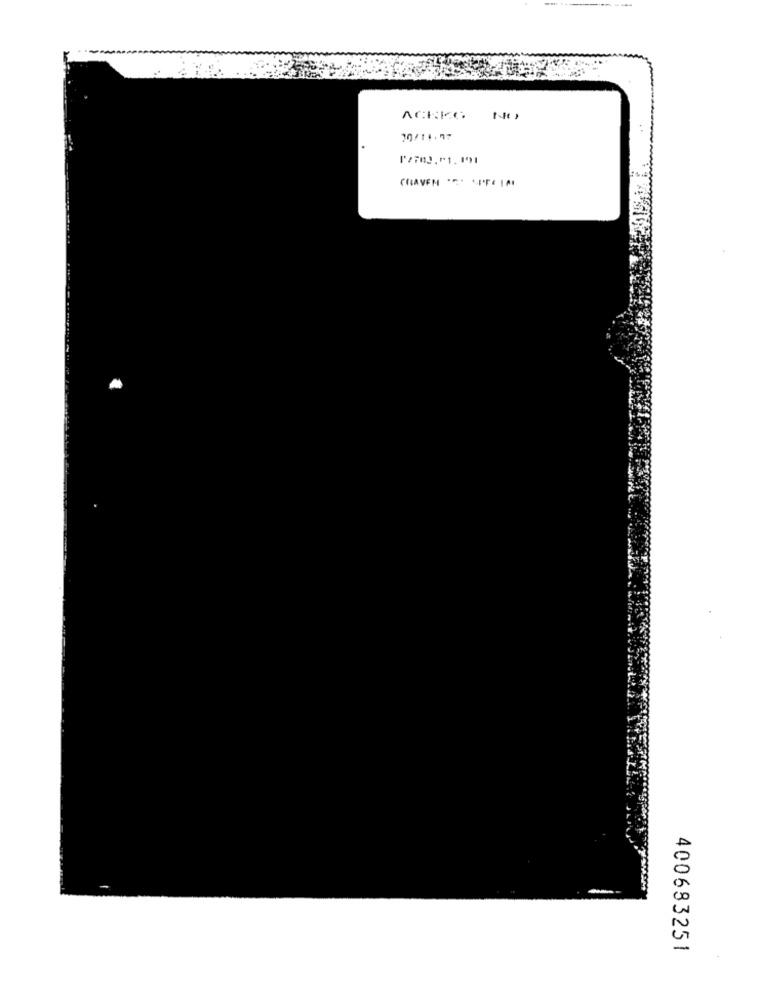
---
--
ACHKG
20/11.77
[/703.01.191
CRAVEN " LEIA
400683251